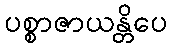
ပစ္စာဇာယန္တိပေ